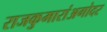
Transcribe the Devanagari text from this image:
राजकुमारांअगोदर